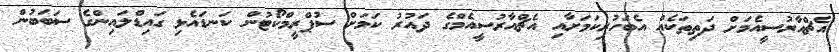
އެޗްއާރުސީއެމަށް ދަތިތަކެއް އެބަހުރިކަމަށާއި އެޗްއާރުސީއެމްގެ ދައުރު ކަމަށް ސުޕްރީމްކޯޓުން ކަނޑައެޅި ގައިޑްލައިންގެ ސަބަބުން